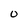
Character: 0